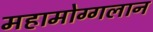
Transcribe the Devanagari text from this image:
महामोग्गलान